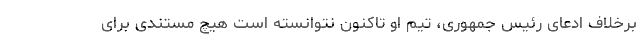
برخلاف ادعای رئیس جمهوری، تیم او تاکنون نتوانسته است هیچ مستندی برای